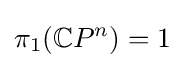
\pi _{1}(\mathbb {C} P^{n})=1